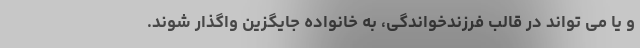
و یا می تواند در قالب فرزندخواندگی، به خانواده جایگزین واگذار شوند.